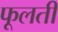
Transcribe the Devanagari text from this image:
फूलतीं